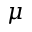
\mu